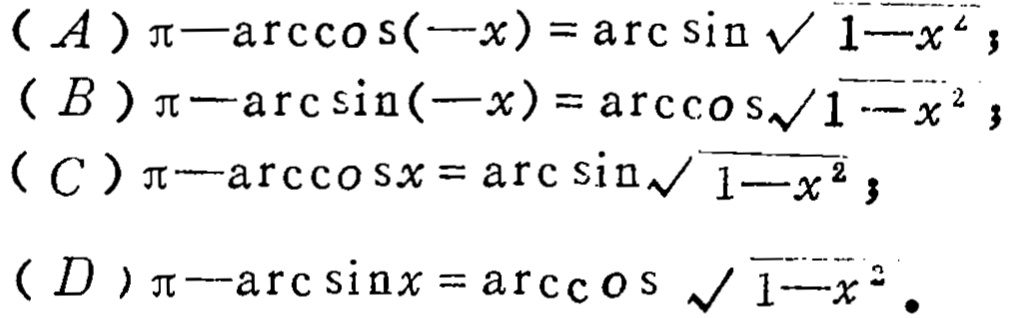
(A) \(\pi - \arccos(-x)=\arcsin\sqrt{1 - x^{2}}\);
(B) \(\pi - \arcsin(-x)=\arccos\sqrt{1 - x^{2}}\);
(C) \(\pi - \arccos x=\arcsin\sqrt{1 - x^{2}}\);
(D) \(\pi - \arcsin x=\arccos\sqrt{1 - x^{2}}\).